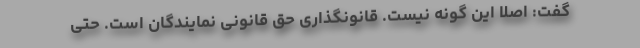
گفت: اصلا این گونه نیست. قانونگذاری حق قانونی نمایندگان است. حتی